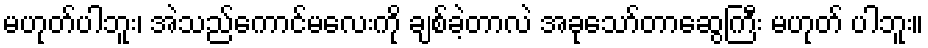
မဟုတ်ပါဘူး၊ အဲသည်ကောင်မလေးကို ချစ်ခဲ့တာလဲ အခုသော်တာဆွေကြီး မဟုတ် ပါဘူး။